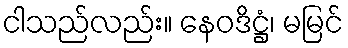
ငါသည်လည်း။ နေဝဒိဋ္ဌံ၊ မမြင်